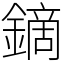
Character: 鏑